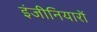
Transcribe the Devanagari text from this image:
इंजीनियारों